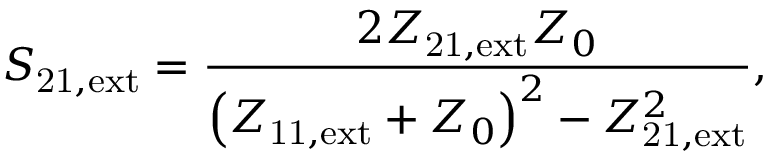
S _ { \mathrm { 2 1 , e x t } } = \frac { 2 Z _ { \mathrm { 2 1 , e x t } } Z _ { 0 } } { \left( Z _ { \mathrm { 1 1 , e x t } } + Z _ { 0 } \right) ^ { 2 } - Z _ { \mathrm { 2 1 , e x t } } ^ { 2 } } ,